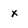
Character: x